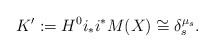
\begin{align*}K' := H^0 i_* i^* M(X) \cong \delta_s^{\mu_s}.\end{align*}